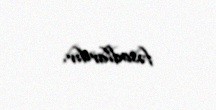
fəsadlardır.